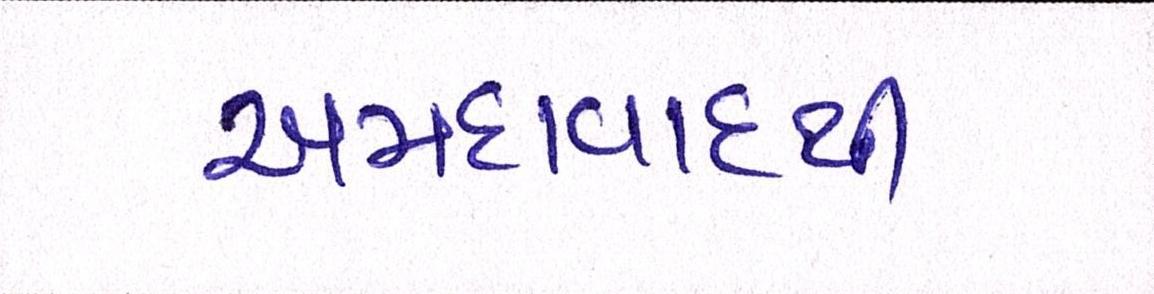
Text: અમદાવાદથી